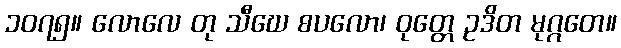
၁၀၇၅။ လောလေ တု သီဃေ စပလော၊ ဝုတ္တေ ဥဒိတ မုဂ္ဂတေ။